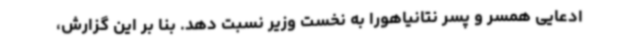
ادعایی همسر و پسر نتانیاهورا به نخست وزیر نسبت دهد. بنا بر این گزارش،